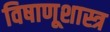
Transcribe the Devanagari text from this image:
विषाणूशास्त्र